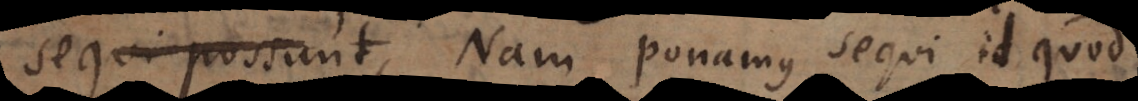
sequi possunt,. Nam ponamus sequi id quod